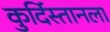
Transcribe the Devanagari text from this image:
कुर्दिस्तानला